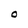
Character: O